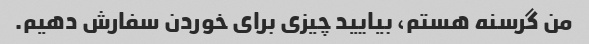
من گرسنه هستم، بیایید چیزی برای خوردن سفارش دهیم.